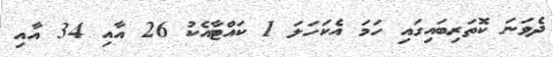
ދެވަނަ ކޮތަރިބައިގައި ހަމަ އެކަހަލަ 1 ކައްޓާއެކު 26 އާއި 34 އާއި